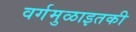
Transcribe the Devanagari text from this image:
वर्गमुळाइतकी